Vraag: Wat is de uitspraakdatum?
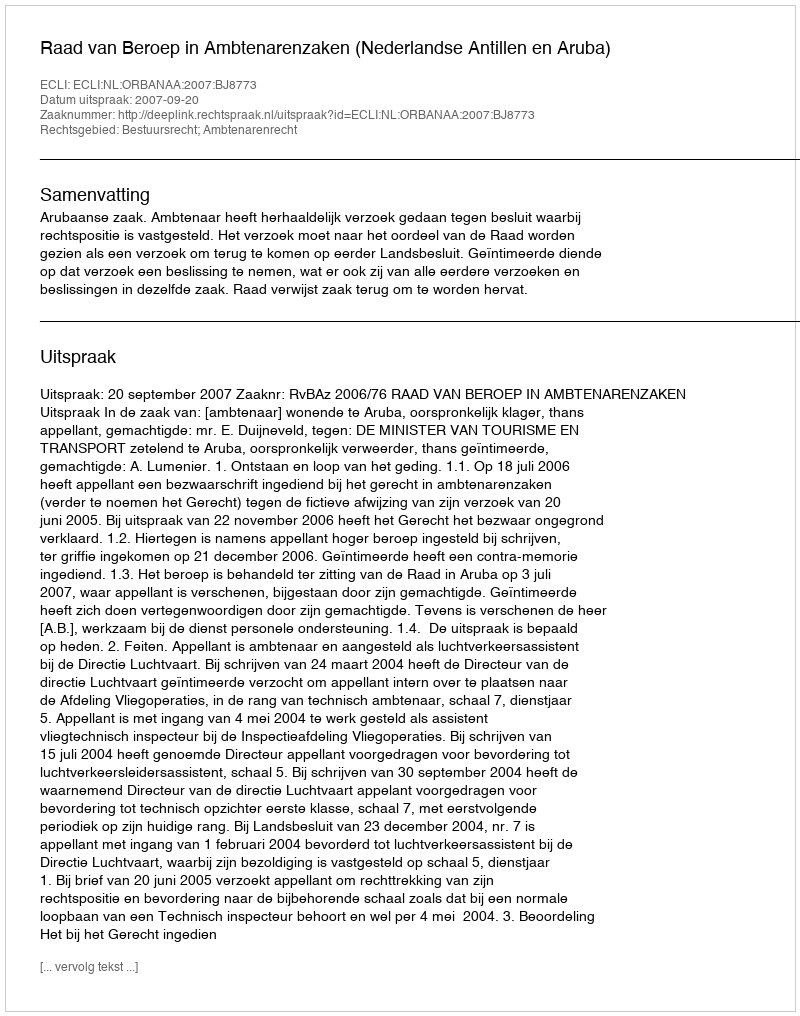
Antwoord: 2007-09-20